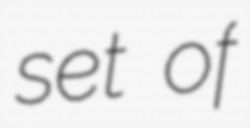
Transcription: set of